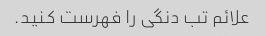
علائم تب دنگی را فهرست کنید.